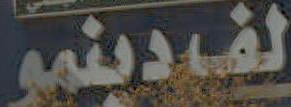
لفردينمو